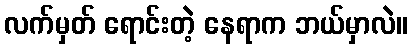
လက်မှတ် ရောင်းတဲ့ နေရာက ဘယ်မှာလဲ။